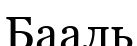
Бааль